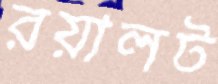
রয়ালট